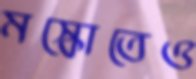
মস্কোতেও